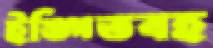
ইঙ্গিতবহ